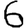
Digit: 6